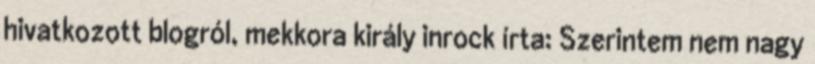
hivatkozott blogról, mekkora király inrock írta: Szerintem nem nagy